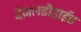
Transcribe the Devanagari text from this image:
बेंज़लडीहाईड